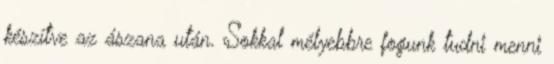
készítve az ászana után. Sokkal mélyebbre fogunk tudni menni